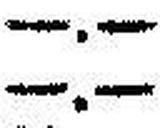
—.—